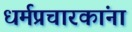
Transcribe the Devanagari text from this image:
धर्मप्रचारकांना